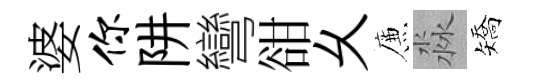
婆你阱彎𧮳乆簾淼矯